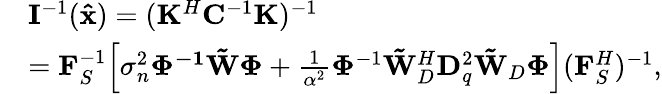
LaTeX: \begin{array}{rl}&{{\mathbf{I}^{-1}({\mathbf{\hat{x}}})}=({\mathbf{K}^{H}}{\mathbf{C}^{-1}}{\mathbf{K}})^{-1}}\\ &{=\mathbf{F}_{S}^{-1}\Big[\sigma_{n}^{2}\mathbf{\mathbf{\Phi}^{-1}}\mathbf{\tilde{W}}\mathbf{\Phi}+\frac{1}{\alpha^{2}}\mathbf{\Phi}^{-1}\mathbf{\tilde{W}}_{D}^{H}\mathbf{D}_{q}^{2}\mathbf{\tilde{W}}_{D}\mathbf{\Phi}\Big](\mathbf{F}_{S}^{H})^{-1},}\end{array}